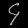
Digit: ၄